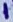
Text: 1